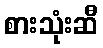
စားသုံးဆီ